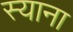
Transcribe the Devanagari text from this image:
स्‍याना